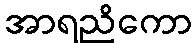
အာရညိကော